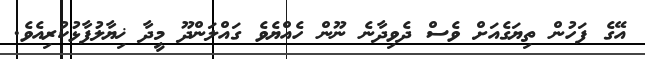
އޭގެ ފަހުން ތިޔަގެއަށް ވެސް ދެވިދާނެ ނޫން ހެއްޔެވެ ގައްލަންދޫ މީދާ ޚިޔާލުފާޅުކުރިއެވެ.